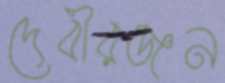
দেবীরঞ্জন